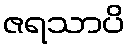
ဇရသာပိ